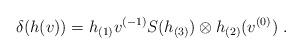
LaTeX: \begin{align*}\delta(h(v))=h_{(1)}v^{(-1)}S(h_{(3)})\otimes h_{(2)}(v^{(0)})\ .\end{align*}